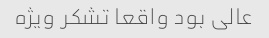
عالی بود واقعا تشکر ویژه